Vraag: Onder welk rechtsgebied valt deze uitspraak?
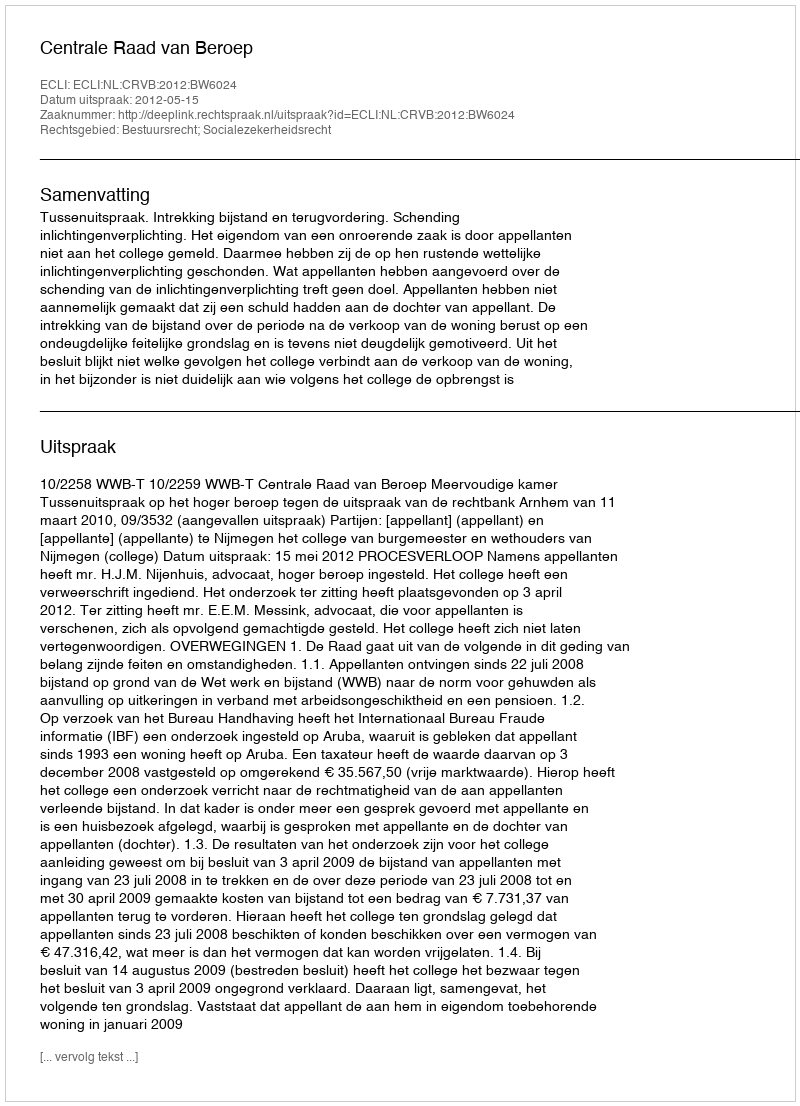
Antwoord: Bestuursrecht; Socialezekerheidsrecht